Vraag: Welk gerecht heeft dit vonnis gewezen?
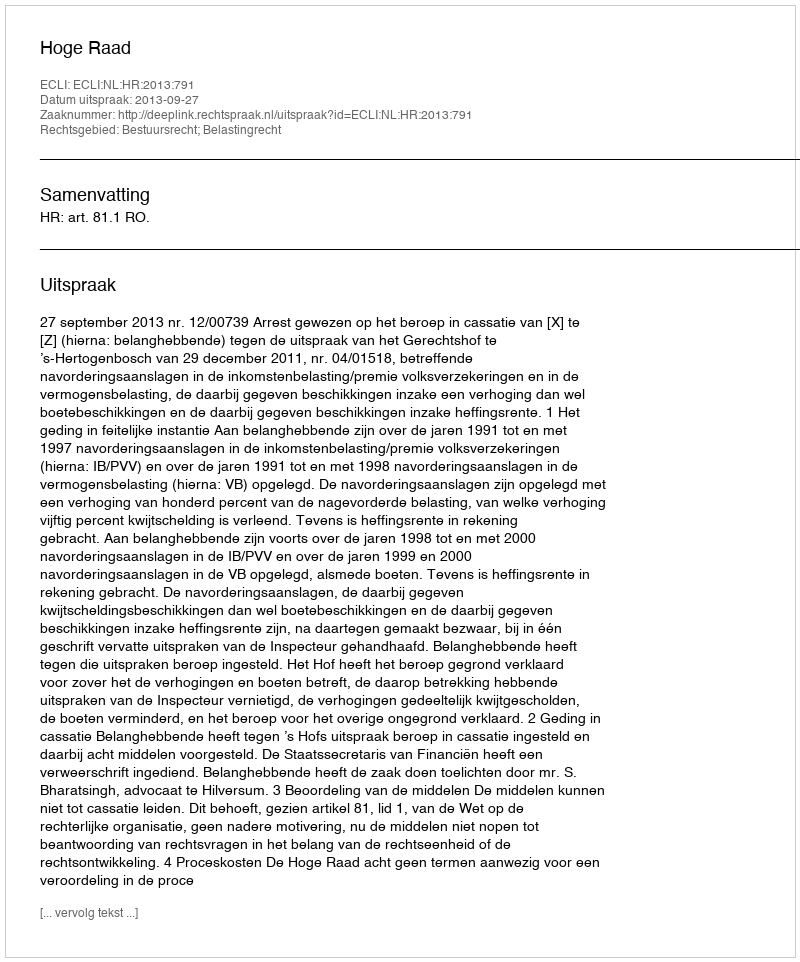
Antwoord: Hoge Raad